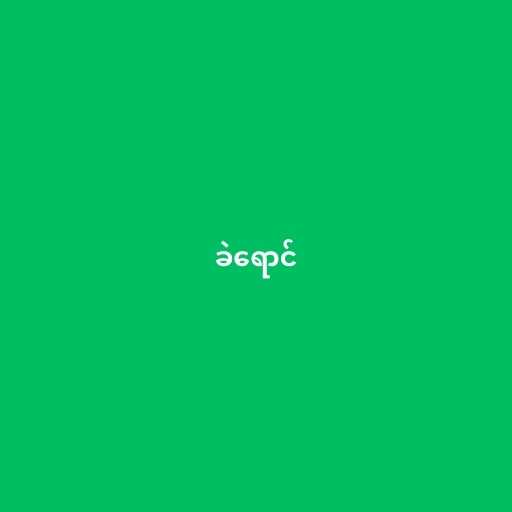
ခဲရောင်